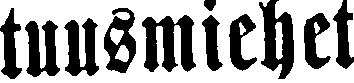
tuusmiehet